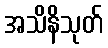
အသိနိသုတ်